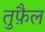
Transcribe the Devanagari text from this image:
तुफ़ैल